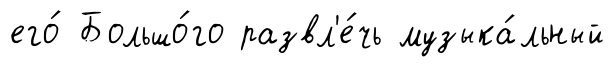
его́ Большо́го развл'е́чь музыка́льный